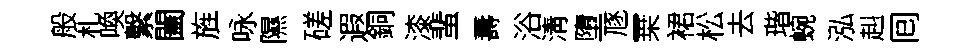
般札喚繫闔旌咏隰磋遐銅漆蜚夀浴淸墮豗一桒裙松去瑎蜿泓赳囘